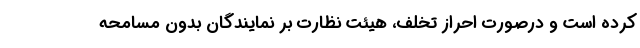
کرده است و درصورت احراز تخلف، هیئت نظارت بر نمایندگان بدون مسامحه